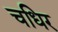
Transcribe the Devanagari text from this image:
चधिर